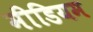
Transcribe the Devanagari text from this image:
मीडियम